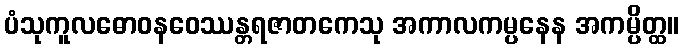
ပံသုကူလဓောဝနဝေဿန္တရဇာတကေသု အကာလကမ္ပနေန အကမ္ပိတ္ထ။